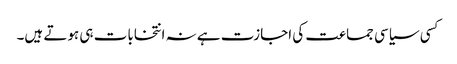
کسی سیاسی جماعت کی اجازت ہے نہ انتخابات ہی ہوتے ہیں۔